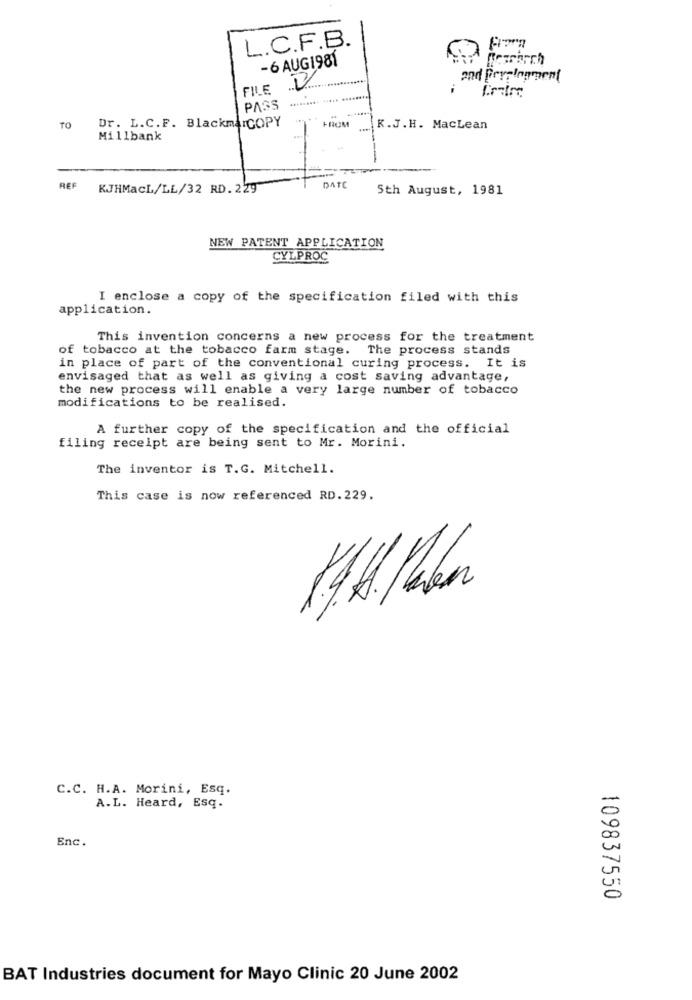
L.C.F.B.
-6 AUG1981
Rescarch
FILE V
PASS
FROM
TO
Dr. L.C.F. BlackmarCOPY
K.J.H. MacLean
Millbank
----
REF
KJHMacL/LL/32 RD. 229
DATE
Sth August, 1981
NEW PATENT APPLICATION
CYLPROC
I enclose a copy of the specification filed with this
application.
This invention concerns a new process for the treatment
of tobacco at the tobacco farm stage. The process stands
in place of part of the conventional curing process. It is
envisaged that as well as giving a cost saving advantage,
the new process will enable a very large number of tobacco
modifications to be realised.
A further copy of the specification and the official
filing receipt are being sent to Mr. Morini.
The inventor is T.G. Mitchell.
This case is now referenced RD. 229.
C.C. H.A. Morini, Esq.
A.L. Heard, Esq.
Enc.
109837550
BAT Industries document for Mayo Clinic 20 June 2002